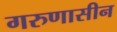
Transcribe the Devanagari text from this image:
गरुणासीन